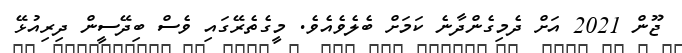
ޖޫން 2021 އަށް ދެމިގެންދާނެ ކަމަށް ބެލެވެއެވެ. މީގެތެރޭގައި ވެސް ބިދޭސީން ދިރިއުޅޭ